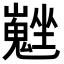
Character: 𡓮